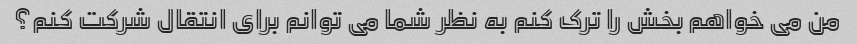
من می خواهم بخش را ترک کنم به نظر شما می توانم برای انتقال شرکت کنم؟